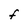
Character: F